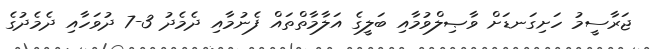
ޖަރާސީމު ހަށިގަނޑަށް ވާޞިލްވުމާއި ބަލީގެ އަލާމާތްތައް ފެނުމާއި ދެމެދު 3-7 ދުވަހާއި ދެމެދުގެ